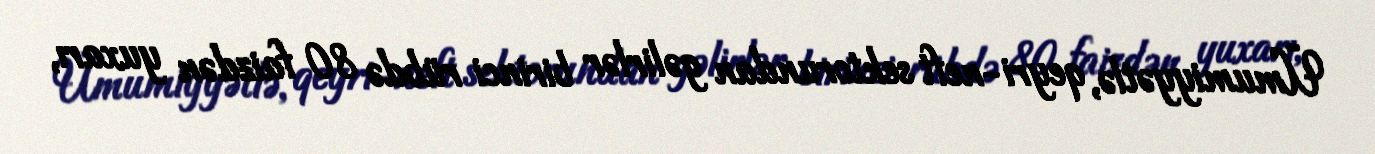
Ümumiyyətlə, qeyri-neft sektorundan gəlirlər birinci rübdə 80 faizdən yuxarı,